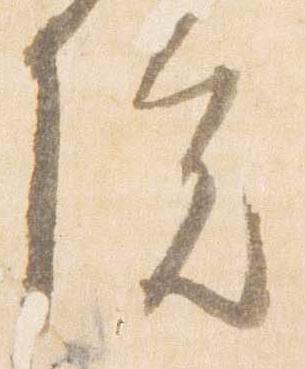
院